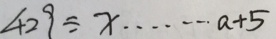
4 2 9 \div x \cdots a + 5